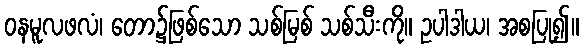
ဝနမူလဖလံ၊ တော၌ဖြစ်သော သစ်မြစ် သစ်သီးကို။ ဥပါဒါယ၊ အစပြု၍။